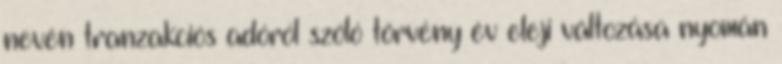
nevén tranzakciós adóról szóló törvény év eleji változása nyomán